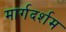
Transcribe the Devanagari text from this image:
मार्गदर्शम